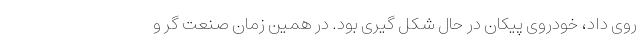
روی داد، خودروی پیکان در حال شکل گیری بود. در همین زمان صنعت گر و